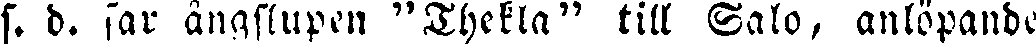
s. d. far ångslupen "Thekla" till Salo, anlöpande